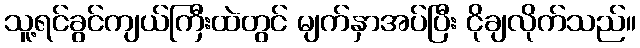
သူ့ရင်ခွင်ကျယ်ကြီးထဲတွင် မျက်နှာအပ်ပြီး ငိုချလိုက်သည်။